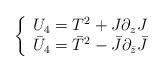
LaTeX: \begin{align*}\left\{\begin{array}{l}U_4 = T^2 + J \partial_z J\\\bar U_4 = \bar T^2 - \bar J \partial_{\bar z} \bar J\end{array}\right.\end{align*}